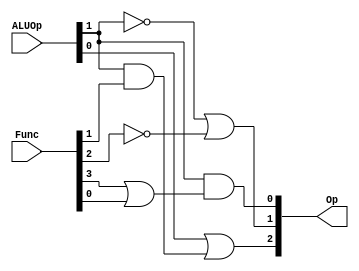
module  ALUControlUnit(Op, Func, ALUOp);
  input [5:0] Func;
  input [1:0] ALUOp;
  output  [2:0] Op;
  assign  Op[0] = ALUOp[1] & (Func[3] | Func[0]);
  assign  Op[1] = (~ALUOp[1]) | (~Func[2]);
  assign  Op[2] = ALUOp[0] | (ALUOp[1] & Func[1]);
endmodule